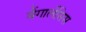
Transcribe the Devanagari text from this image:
बैंगालेंसिस